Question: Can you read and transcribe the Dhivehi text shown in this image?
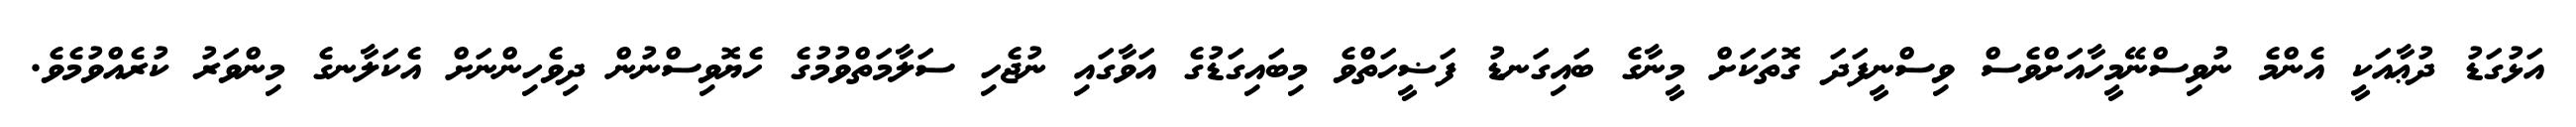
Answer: އަޅުގަޑު ދުޢާއަކީ އެންމެ ނުވިސްނޭމީހާއަށްވެސް ވިސްނީފަދަ ގޮތަކަށް މީނާގެ ބައިގަނޑު ފަޟީހަތްވެ މިބައިގަޑުގެ އަވާގައި ނުޖެހި ސަލާމަތްވުމުގެ ހެޔޮވިސްނުން ދިވެހިންނަށް އެކަލާނގެ މިންވަރު ކުރެއްވުމެވެ.